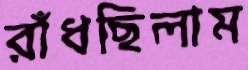
রাঁধছিলাম